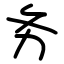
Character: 务